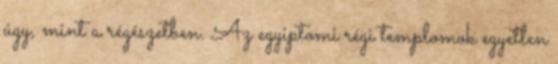
úgy, mint a régészetben. Az egyiptomi régi templomok egyetlen